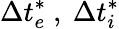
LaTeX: \Delta t_{e}^{*}\ ,\ \Delta t_{i}^{*}